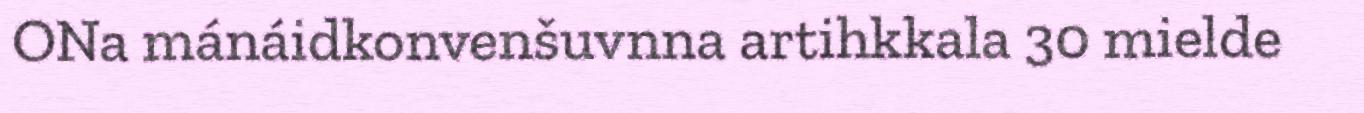
ONa mánáidkonvenšuvnna artihkkala 30 mielde